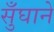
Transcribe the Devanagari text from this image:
सुँघाने